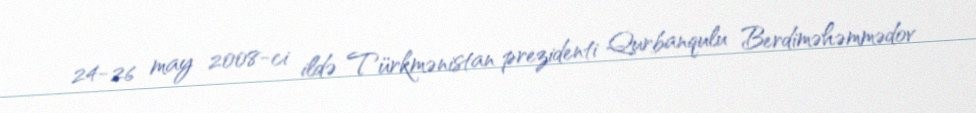
24-26 may 2008-ci ildə Türkmənistan prezidenti Qurbanqulu Berdiməhəmmədov